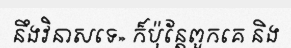
នឹងវិនាសទេ» ក៏ប៉ុន្តែពួកគេ និង